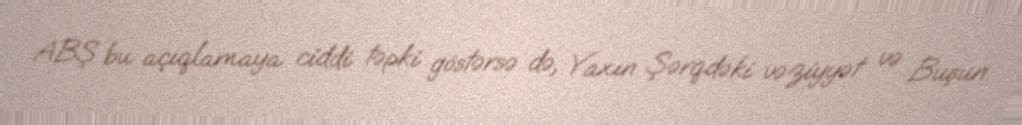
ABŞ bu açıqlamaya ciddi təpki göstərsə də, Yaxın Şərqdəki vəziyyət və Buşun